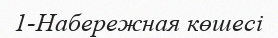
1-Набережная көшесі